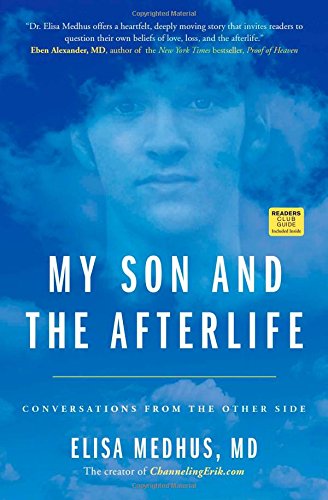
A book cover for My Son and the Afterlife: Conversations from the Other Side; Elisa Medhus; Politics & Social Sciences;